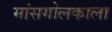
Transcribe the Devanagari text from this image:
मांसगोलकाला